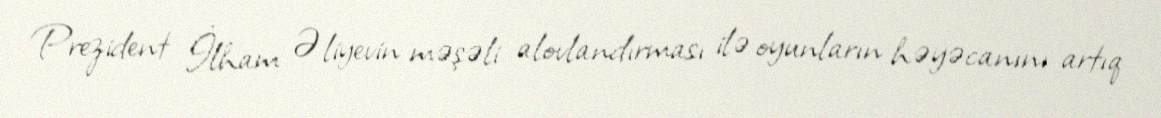
Prezident İlham Əliyevin məşəli alovlandırması ilə oyunların həyəcanını artıq